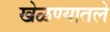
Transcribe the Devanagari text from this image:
खेळण्यातले